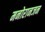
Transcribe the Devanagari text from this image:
मनोरानजन